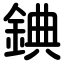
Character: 錪